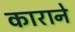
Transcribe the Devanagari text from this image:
काराने